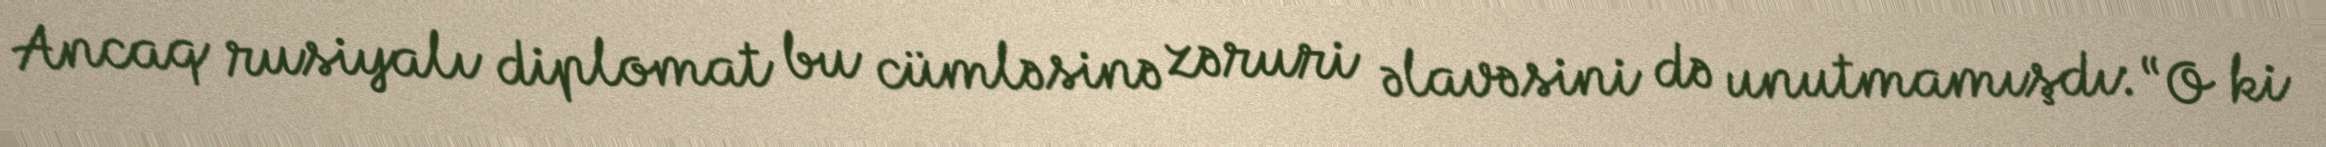
Ancaq rusiyalı diplomat bu cümləsinə zəruri əlavəsini də unutmamışdı: “O ki